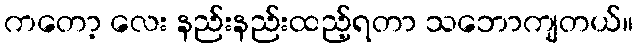
ကတော့ လေး နည်းနည်းထည့်ရတာ သဘောကျတယ်။